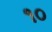
૧૦